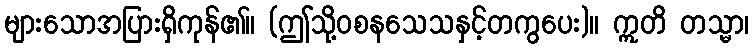
များသောအပြားရှိကုန်၏။ (ဤသို့ဝစနသေသနှင့်တကွပေး)။ ဣတိ တသ္မာ၊